Civil Veterinary Dept. Bombay admin report 1932-41 - 1932-1941
Year: 1932
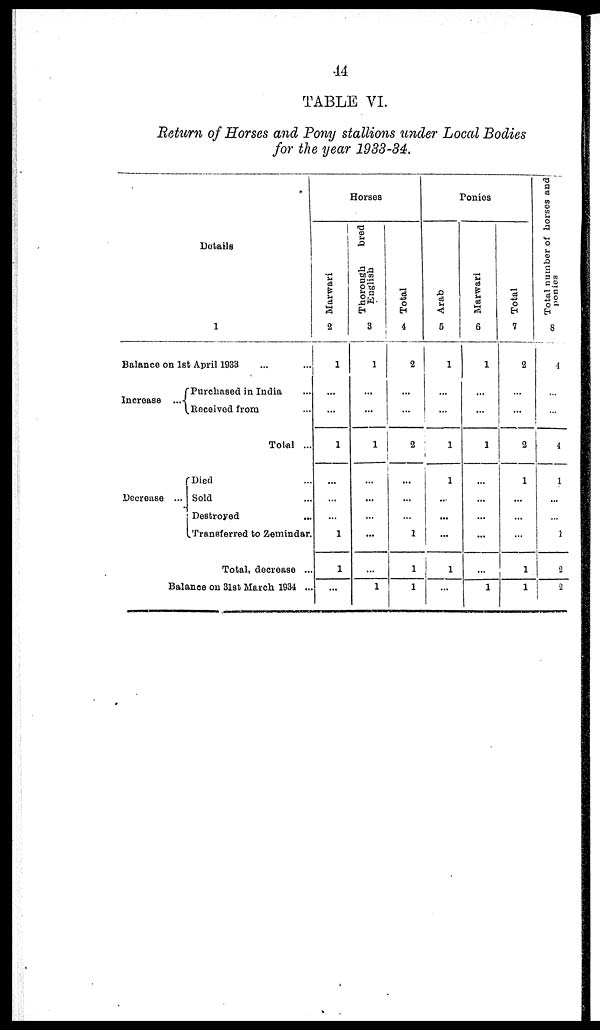
44
TABLE VI.
Return of Horses and Pony stallions under Local Bodies
for the year 1933-34.
Details
1
Balance on 1st April 1933 ... ...
Increase ...
Decrease ...
Purchased in India ...
Received from ...
Total ...
Died ...
Sold ...
Destroyed ...
Transferred to Zemindar.
Total, decrease ...
Balance on 31st March 1934 ...
Horses
Marwari
2
1
...
...
1
...
...
...
1
1
...
Thorough
bred
English
3
1
...
...
1
...
...
...
...
...
1
Total
4
2
...
...
2
...
...
...
1
1
1
Ponies
Arab
5
1
...
...
1
1
...
...
...
1
...
Marwari
6
1
...
...
1
...
...
...
...
...
1
Total
7
2
...
...
2
1
...
...
...
1
1
Total number of horses and;
ponies
8
4
...
...
4
1
...
...
1
2
1
2